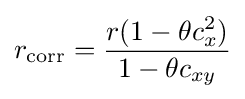
r_{\mathrm {corr} }={\frac {r(1-\theta c_{x}^{2})}{1-\theta c_{xy}}}